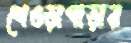
শেওড়াপাড়ার